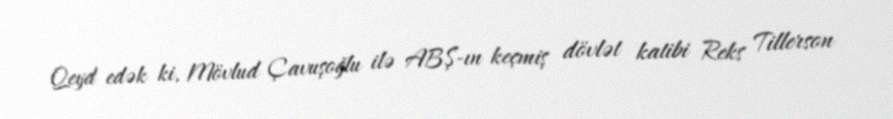
Qeyd edək ki, Mövlud Çavuşoğlu ilə ABŞ-ın keçmiş dövlət katibi Reks Tillerson